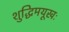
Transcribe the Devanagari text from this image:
शुद्धिमयूखः